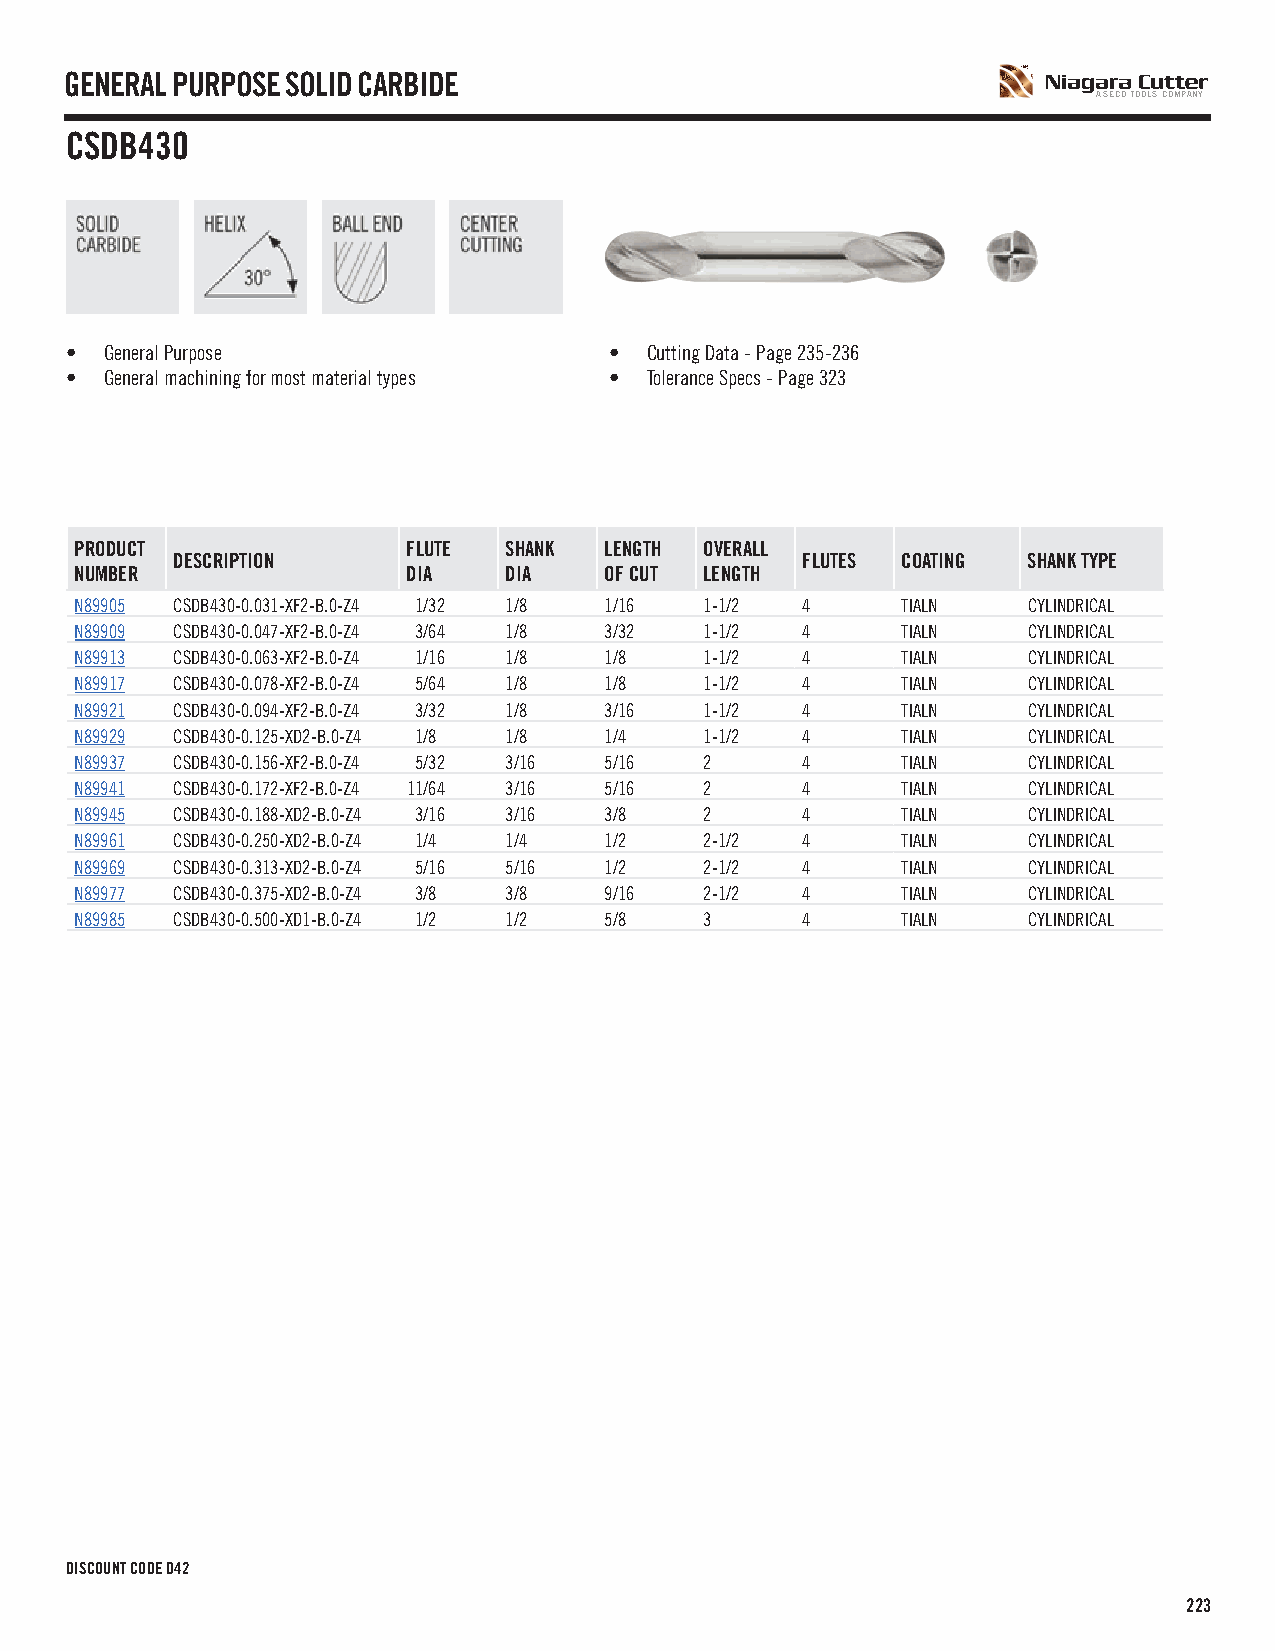
GENERAL PURPOSE SOLID CARBIDE
 A SECO TOOLS COMPANY
 CSDB430
 •  General Purpose                  •  Cutting Data - Page 235-236
 •  General machining for most material types • Tolerance Specs - Page 323
 PRODUCT               FLUTE SHANK  LENGTH OVERALL
 DESCRIPTION                               FLUTES COATING SHANK TYPE
 NUMBER                DIA   DIA    OF CUT LENGTH
 N89905 CSDB430-0.031-XF2-B.0-Z4 1/32 1/8 1/16 1-1/2 4  TIALN   CYLINDRICAL
 N89909 CSDB430-0.047-XF2-B.0-Z4 3/64 1/8 3/32 1-1/2 4  TIALN   CYLINDRICAL
 N89913 CSDB430-0.063-XF2-B.0-Z4 1/16 1/8 1/8 1-1/2 4   TIALN   CYLINDRICAL
 N89917 CSDB430-0.078-XF2-B.0-Z4 5/64 1/8 1/8 1-1/2 4   TIALN   CYLINDRICAL
 N89921 CSDB430-0.094-XF2-B.0-Z4 3/32 1/8 3/16 1-1/2 4  TIALN   CYLINDRICAL
 N89929 CSDB430-0.125-XD2-B.0-Z4 1/8 1/8 1/4 1-1/2 4    TIALN   CYLINDRICAL
 N89937 CSDB430-0.156-XF2-B.0-Z4 5/32 3/16 5/16 2 4     TIALN   CYLINDRICAL
 N89941 CSDB430-0.172-XF2-B.0-Z4 11/64 3/16 5/16 2 4    TIALN   CYLINDRICAL
 N89945 CSDB430-0.188-XD2-B.0-Z4 3/16 3/16 3/8 2 4      TIALN   CYLINDRICAL
 N89961 CSDB430-0.250-XD2-B.0-Z4 1/4 1/4 1/2 2-1/2 4    TIALN   CYLINDRICAL
 N89969 CSDB430-0.313-XD2-B.0-Z4 5/16 5/16 1/2 2-1/2 4  TIALN   CYLINDRICAL
 N89977 CSDB430-0.375-XD2-B.0-Z4 3/8 3/8 9/16 2-1/2 4   TIALN   CYLINDRICAL
 N89985 CSDB430-0.500-XD1-B.0-Z4 1/2 1/2 5/8 3   4      TIALN   CYLINDRICAL
 DISCOUNT CODE D42
 223